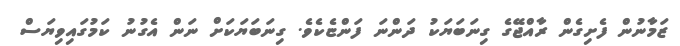
ޒަމާނުން ފެށިގެން ރާއްޖޭގެ ގިނަބަޔަކު ދަންނަ ފަންޏެކެވެ. ގިނަބަޔަކަށް ނަން އެގުނު ކަމުގައިވިޔަސް